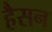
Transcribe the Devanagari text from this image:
हैसन